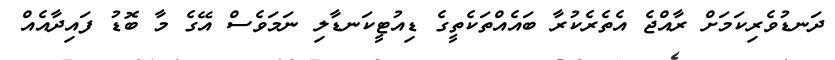
ދަނޑުވެރިކަމަށް ރާއްޖެ އެތެރެކުރާ ބައެއްތަކެތީގެ ޑިއުޓީކަނޑާލި ނަމަވެސް އޭގެ މާ ބޮޑު ފައިދާއެއް